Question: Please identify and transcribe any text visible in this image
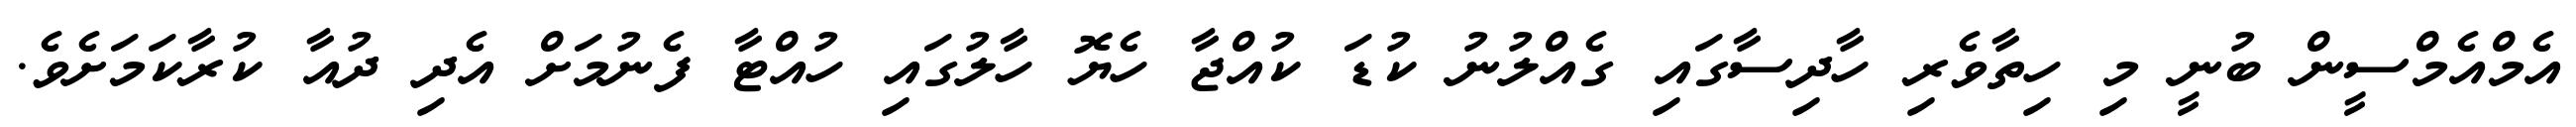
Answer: އެމްއެމްސީން ބުނީ މި ހިތާވެރި ހާދިސާގައި ގެއްލުނު ކުޑަ ކުއްޖާ ހެޔޮ ހާލުގައި ހުއްޓާ ފެނުމަށް އެދި ދުއާ ކުރާކަމަށެވެ.